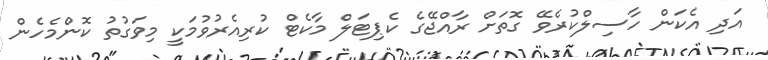
އަދި އެކަން ހާސިލްކުރެވޭ ގޮތަށް ރާއްޖޭގެ ކެޕިޓަލް މާކެޓް ކުރިއެރުވުމަކީ މިވަގުތު ކޮންމެހެން